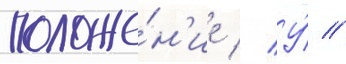
положе́н'ие // У́ //